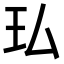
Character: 㺨